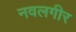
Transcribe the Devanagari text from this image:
नवलगीर